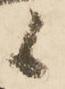
候